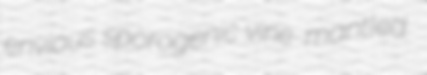
envious sporogenic vine-mantled